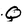
Character: Q